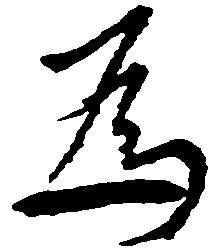
為